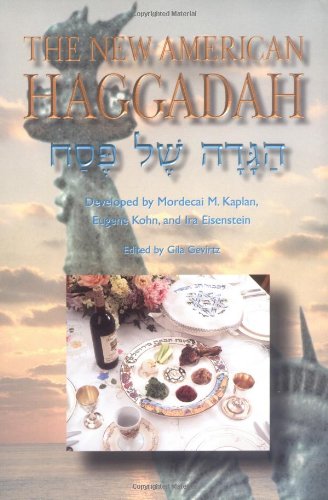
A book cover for The New American Haggadah: Haggadah Shel Pesah; Jewish Reconstructionist Foundation; Religion & Spirituality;